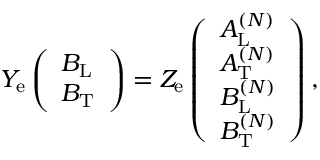
\begin{array} { r } { Y _ { \mathrm { e } } \left( \begin{array} { l } { B _ { \mathrm { L } } } \\ { B _ { \mathrm { T } } } \end{array} \right) = Z _ { \mathrm { e } } \left( \begin{array} { l } { A _ { \mathrm { L } } ^ { ( N ) } } \\ { A _ { \mathrm { T } } ^ { ( N ) } } \\ { B _ { \mathrm { L } } ^ { ( N ) } } \\ { B _ { \mathrm { T } } ^ { ( N ) } } \end{array} \right) , } \end{array}